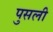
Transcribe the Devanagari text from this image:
पुसली